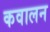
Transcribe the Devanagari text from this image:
कवालन